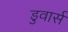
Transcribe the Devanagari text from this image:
डुवार्स